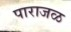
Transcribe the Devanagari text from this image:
पाराजळ